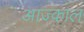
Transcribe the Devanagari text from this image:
आज्काल